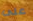
على